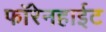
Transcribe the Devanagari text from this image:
फॉरेनहाईट